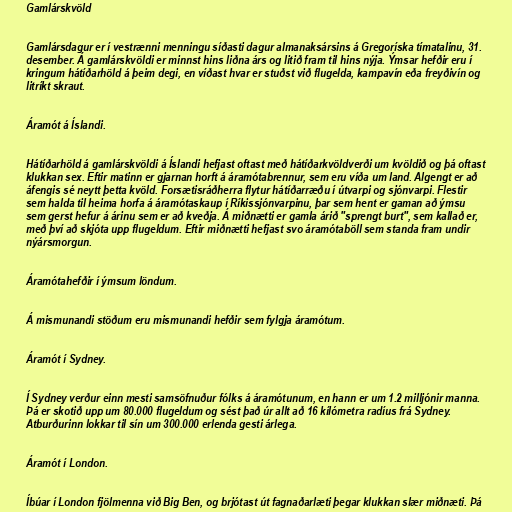
Gamlárskvöld

Gamlársdagur er í vestrænni menningu síðasti dagur almanaksársins á Gregoríska tímatalinu, 31.
desember. Á gamlárskvöldi er minnst hins liðna árs og litið fram til hins nýja. Ýmsar hefðir eru í
kringum hátíðarhöld á þeim degi, en víðast hvar er stuðst við flugelda, kampavín eða freyðivín og
litríkt skraut.

Áramót á Íslandi.

Hátíðarhöld á gamlárskvöldi á Íslandi hefjast oftast með hátíðarkvöldverði um kvöldið og þá oftast
klukkan sex. Eftir matinn er gjarnan horft á áramótabrennur, sem eru víða um land. Algengt er að
áfengis sé neytt þetta kvöld. Forsætisráðherra flytur hátíðarræðu í útvarpi og sjónvarpi. Flestir
sem halda til heima horfa á áramótaskaup í Ríkissjónvarpinu, þar sem hent er gaman að ýmsu
sem gerst hefur á árinu sem er að kveðja. Á miðnætti er gamla árið "sprengt burt", sem kallað er,
með því að skjóta upp flugeldum. Eftir miðnætti hefjast svo áramótaböll sem standa fram undir
nýársmorgun.

Áramótahefðir í ýmsum löndum.

Á mismunandi stöðum eru mismunandi hefðir sem fylgja áramótum.

Áramót í Sydney.

Í Sydney verður einn mesti samsöfnuður fólks á áramótunum, en hann er um 1.2 milljónir manna.
Þá er skotið upp um 80.000 flugeldum og sést það úr allt að 16 kílómetra radíus frá Sydney.
Atburðurinn lokkar til sín um 300.000 erlenda gesti árlega.

Áramót í London.

Íbúar í London fjölmenna við Big Ben, og brjótast út fagnaðarlæti þegar klukkan slær miðnæti. Þá